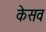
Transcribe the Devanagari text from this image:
केसव